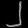
Digit: ၂